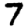
Digit: 7